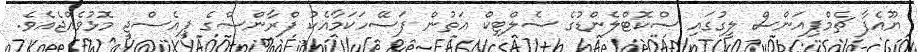
ޔޫއެފާ ޗެމްޕިއަންސް ލީގުގައި ސްކޮޓްލެންޑުގެ ސެލްޓިކް އަތުން ފަސޭހަކަމާއެކު ފްރާންސްގެ ޕީއެސްޖީ މޮޅުވެއްޖެއެވެ.